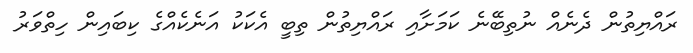
ރައްޔިތުން ދެނެއް ނުތިބޭނެ ކަމަށާއި ރައްޔިތުން ތިބީ އެކަކު އަނެކެއްގެ ކިބައިން ހިތްވަރު